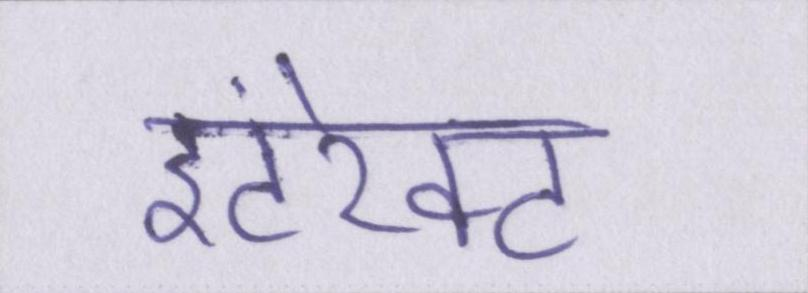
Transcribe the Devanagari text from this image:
इंटरेक्ट